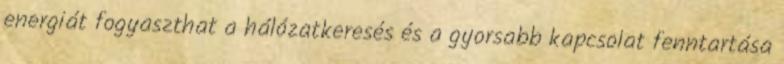
energiát fogyaszthat a hálózatkeresés és a gyorsabb kapcsolat fenntartása